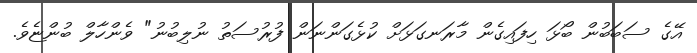
އޭގެ ސަބަބުން ބޯޅަ ހިފައިގެން މާރަނގަޅަށް ކުޅެގަންނަން ފުރުސަތު ނުލިބުނު" ވެންހާލް ބުންޏެވެ.